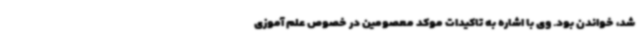
شد، خواندن بود. وی با اشاره به تاکیدات موکد معصومین در خصوص علم آموزی